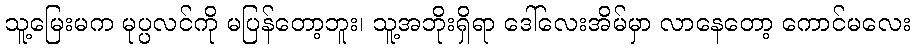
သူ့မြေးမက မုပ္ပလင်ကို မပြန်တော့ဘူး၊ သူ့အဘိုးရှိရာ ဒေါ်လေးအိမ်မှာ လာနေတော့ ကောင်မလေး